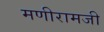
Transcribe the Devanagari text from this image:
मणीरामजी